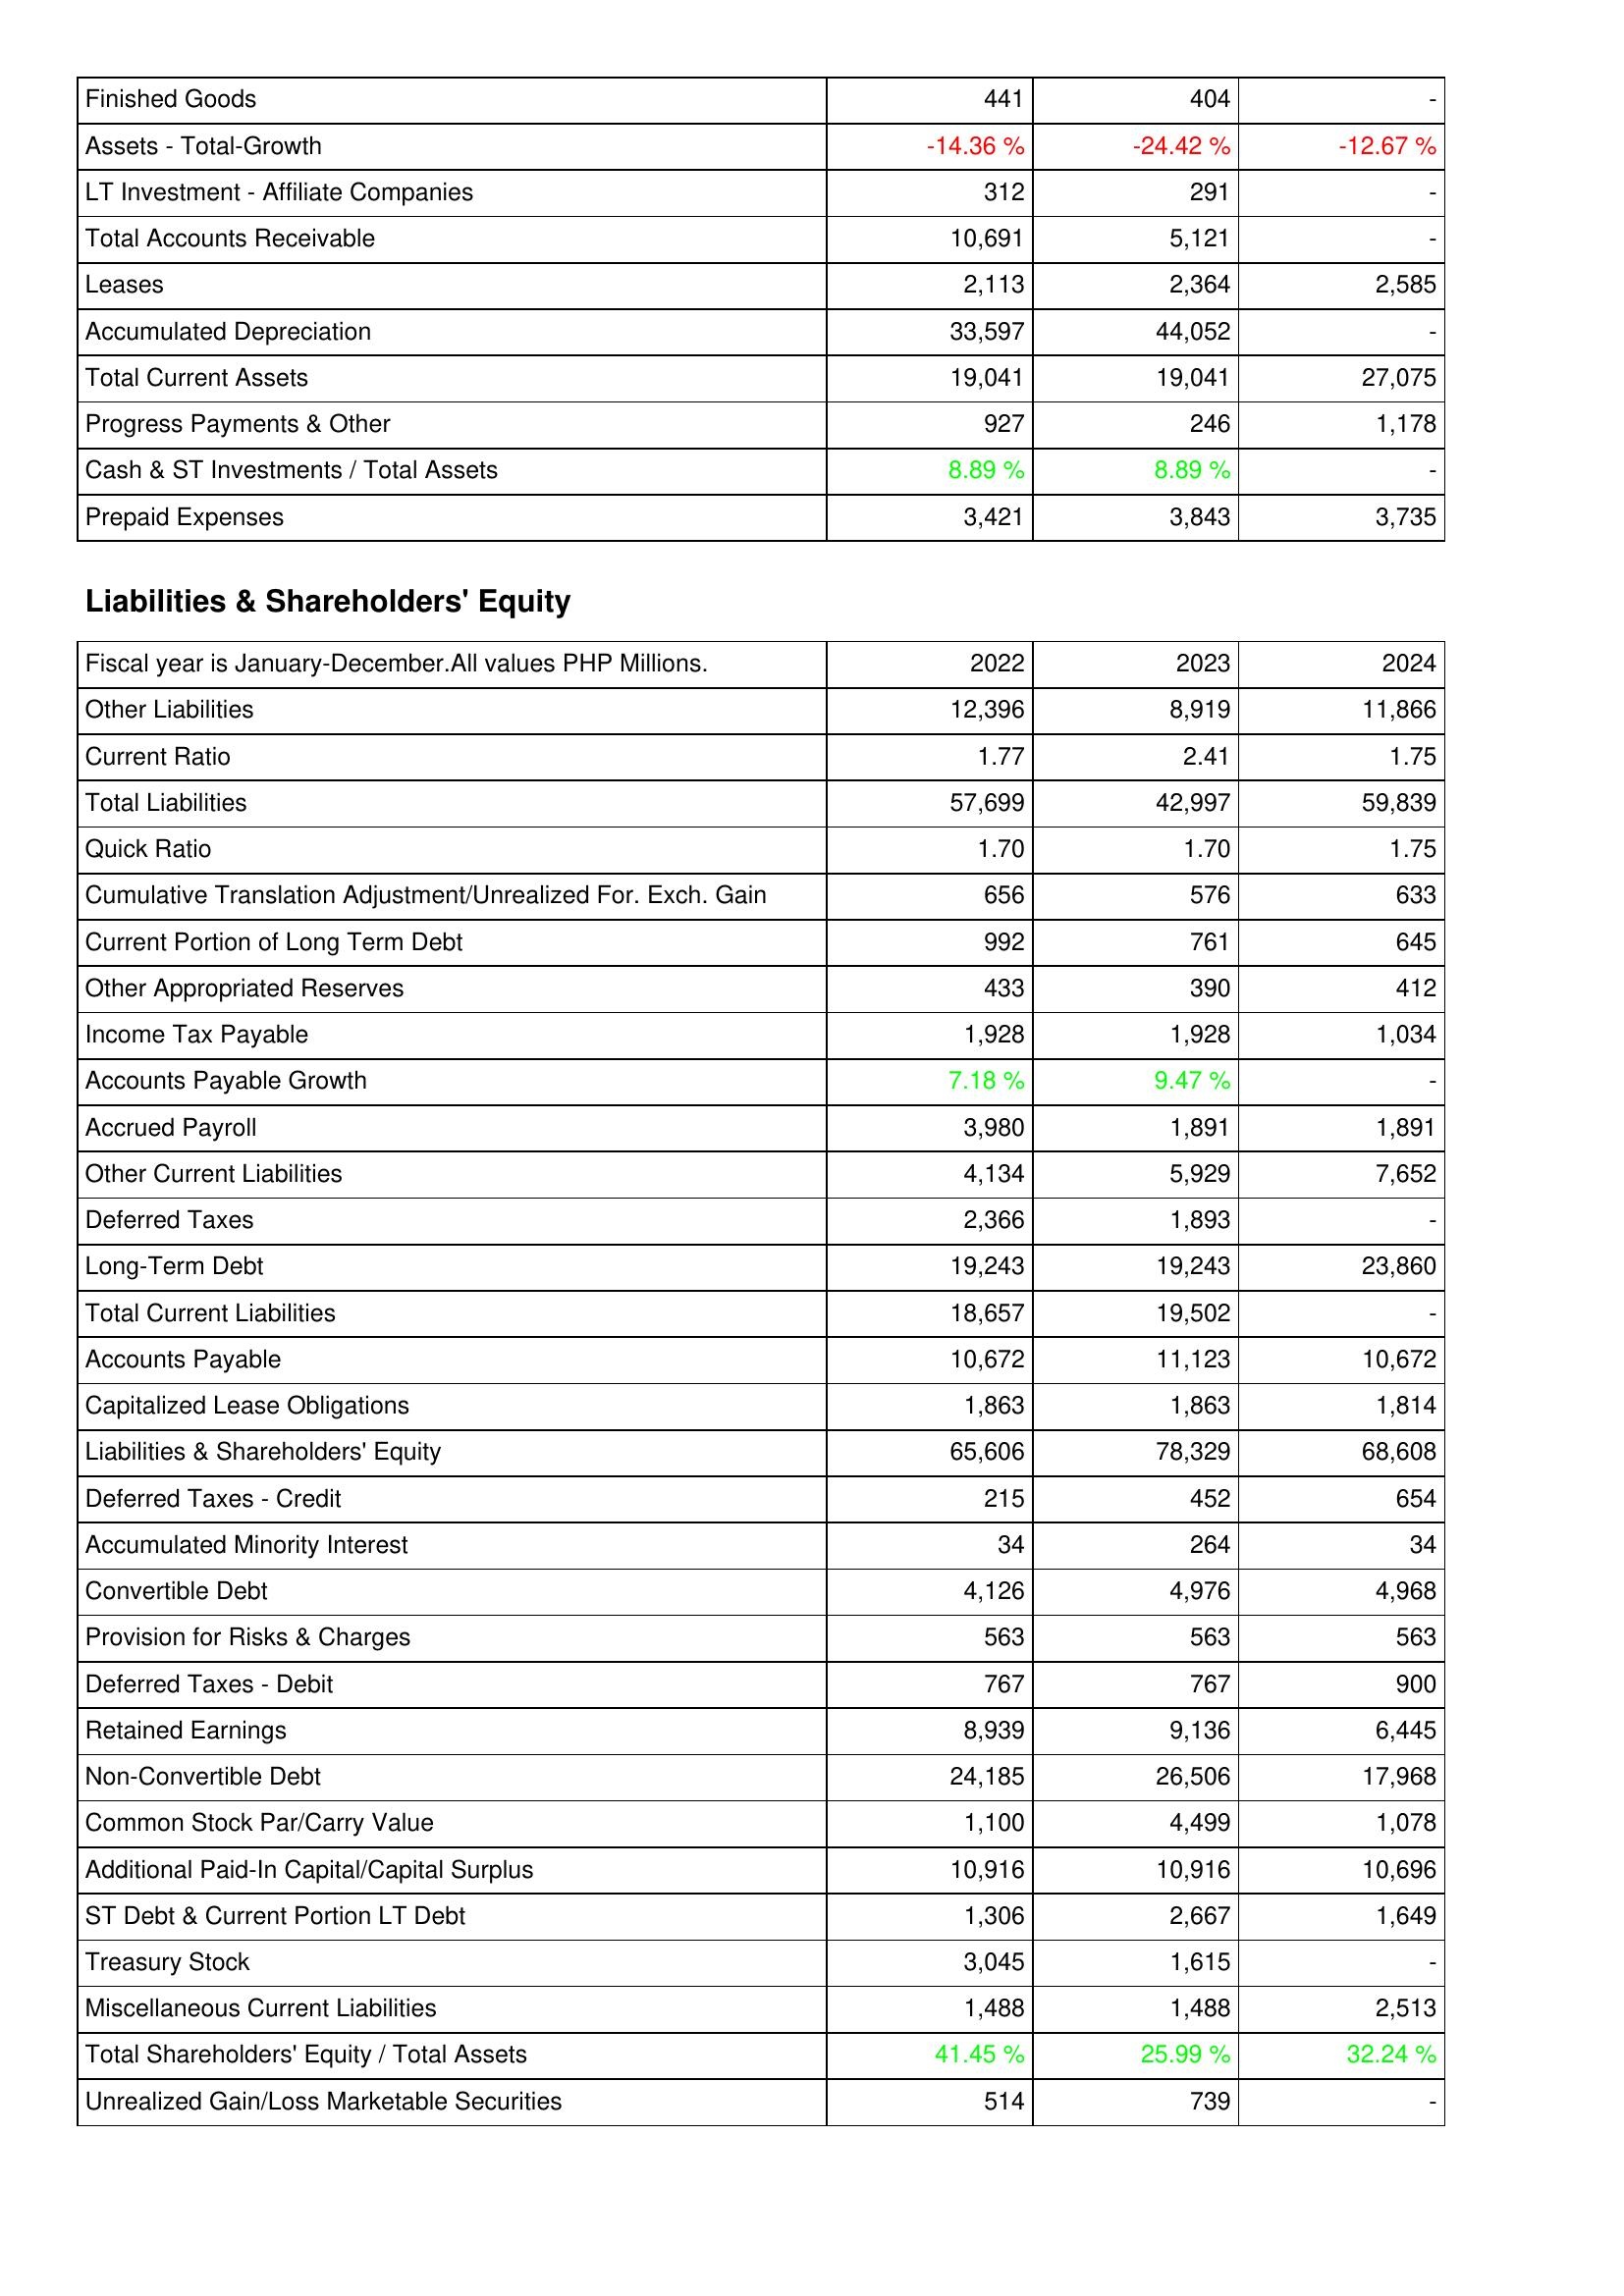
2022: Assets: Finished Goods: 441
Assets - Total-Growth: -14.36 %
LT Investment - Affiliate Companies: 312
Total Accounts Receivable: 10,691
Leases: 2,113
Accumulated Depreciation: 33,597
Total Current Assets: 19,041
Progress Payments & Other: 927
Cash & ST Investments / Total Assets: 8.89 %
Prepaid Expenses: 3,421
Liabilities & Shareholders' Equity: Other Liabilities: 12,396
Current Ratio: 1.77
Total Liabilities: 57,699
Quick Ratio: 1.70
Cumulative Translation Adjustment/Unrealized For. Exch. Gain: 656
Current Portion of Long Term Debt: 992
Other Appropriated Reserves: 433
Income Tax Payable: 1,928
Accounts Payable Growth: 7.18 %
Accrued Payroll: 3,980
Other Current Liabilities: 4,134
Deferred Taxes: 2,366
Long-Term Debt: 19,243
Total Current Liabilities: 18,657
Accounts Payable: 10,672
Capitalized Lease Obligations: 1,863
Liabilities & Shareholders' Equity: 65,606
Deferred Taxes - Credit: 215
Accumulated Minority Interest: 34
Convertible Debt: 4,126
Provision for Risks & Charges: 563
Deferred Taxes - Debit: 767
Retained Earnings: 8,939
Non-Convertible Debt: 24,185
Common Stock Par/Carry Value: 1,100
Additional Paid-In Capital/Capital Surplus: 10,916
ST Debt & Current Portion LT Debt: 1,306
Treasury Stock: 3,045
Miscellaneous Current Liabilities: 1,488
Total Shareholders' Equity / Total Assets: 41.45 %
Unrealized Gain/Loss Marketable Securities: 514
2023: Assets: Finished Goods: 404
Assets - Total-Growth: -24.42 %
LT Investment - Affiliate Companies: 291
Total Accounts Receivable: 5,121
Leases: 2,364
Accumulated Depreciation: 44,052
Total Current Assets: 19,041
Progress Payments & Other: 246
Cash & ST Investments / Total Assets: 8.89 %
Prepaid Expenses: 3,843
Liabilities & Shareholders' Equity: Other Liabilities: 8,919
Current Ratio: 2.41
Total Liabilities: 42,997
Quick Ratio: 1.70
Cumulative Translation Adjustment/Unrealized For. Exch. Gain: 576
Current Portion of Long Term Debt: 761
Other Appropriated Reserves: 390
Income Tax Payable: 1,928
Accounts Payable Growth: 9.47 %
Accrued Payroll: 1,891
Other Current Liabilities: 5,929
Deferred Taxes: 1,893
Long-Term Debt: 19,243
Total Current Liabilities: 19,502
Accounts Payable: 11,123
Capitalized Lease Obligations: 1,863
Liabilities & Shareholders' Equity: 78,329
Deferred Taxes - Credit: 452
Accumulated Minority Interest: 264
Convertible Debt: 4,976
Provision for Risks & Charges: 563
Deferred Taxes - Debit: 767
Retained Earnings: 9,136
Non-Convertible Debt: 26,506
Common Stock Par/Carry Value: 4,499
Additional Paid-In Capital/Capital Surplus: 10,916
ST Debt & Current Portion LT Debt: 2,667
Treasury Stock: 1,615
Miscellaneous Current Liabilities: 1,488
Total Shareholders' Equity / Total Assets: 25.99 %
Unrealized Gain/Loss Marketable Securities: 739
2024: Assets: Finished Goods: -
Assets - Total-Growth: -12.67 %
LT Investment - Affiliate Companies: -
Total Accounts Receivable: -
Leases: 2,585
Accumulated Depreciation: -
Total Current Assets: 27,075
Progress Payments & Other: 1,178
Cash & ST Investments / Total Assets: -
Prepaid Expenses: 3,735
Liabilities & Shareholders' Equity: Other Liabilities: 11,866
Current Ratio: 1.75
Total Liabilities: 59,839
Quick Ratio: 1.75
Cumulative Translation Adjustment/Unrealized For. Exch. Gain: 633
Current Portion of Long Term Debt: 645
Other Appropriated Reserves: 412
Income Tax Payable: 1,034
Accounts Payable Growth: -
Accrued Payroll: 1,891
Other Current Liabilities: 7,652
Deferred Taxes: -
Long-Term Debt: 23,860
Total Current Liabilities: -
Accounts Payable: 10,672
Capitalized Lease Obligations: 1,814
Liabilities & Shareholders' Equity: 68,608
Deferred Taxes - Credit: 654
Accumulated Minority Interest: 34
Convertible Debt: 4,968
Provision for Risks & Charges: 563
Deferred Taxes - Debit: 900
Retained Earnings: 6,445
Non-Convertible Debt: 17,968
Common Stock Par/Carry Value: 1,078
Additional Paid-In Capital/Capital Surplus: 10,696
ST Debt & Current Portion LT Debt: 1,649
Treasury Stock: -
Miscellaneous Current Liabilities: 2,513
Total Shareholders' Equity / Total Assets: 32.24 %
Unrealized Gain/Loss Marketable Securities: -